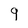
Character: 9